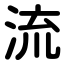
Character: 流